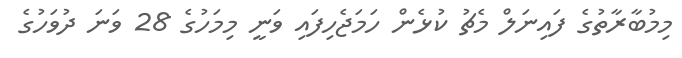
މިމުބާރާތުގެ ފައިނަލް މެޗު ކުޅެން ހަމަޖެހިފައި ވަނީ މިމަހުގެ 28 ވަނަ ދުވަހުގެ